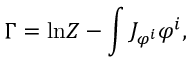
\Gamma = \mathrm { l n } Z - \int J _ { \varphi ^ { i } } \varphi ^ { i } ,